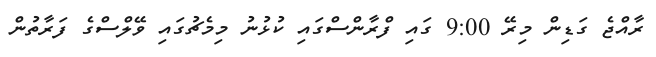
ރާއްޖެ ގަޑިން މިރޭ 9:00 ގައި ފްރާންސްގައި ކުޅުނު މިމެޗުގައި ވޭލްސްގެ ފަރާތުން